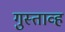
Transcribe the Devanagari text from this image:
गुस्ताव्ह